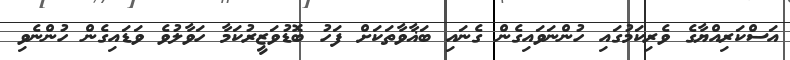
އަސްކަރިއްޔާގެ ވެރިކަމުގައި ހުންނަވައިގެން ގެނައި ބަޣާވާތަކަށް ފަހު ބޮޑުވަޒީރުކަމާ ހަވާލުވެ ވަޑައިގެން ހުންނެވި